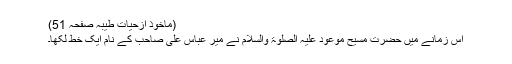
(ماخوذ ازحیات طیبہ صفحہ 51)
اس زمانے میں حضرت مسیح موعود علیہ الصلوٰۃ والسلام نے میر عباس علی صاحب کے نام ایک خط لکھا۔